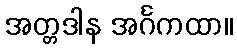
အတ္တဒါန အင်္ဂကထာ။